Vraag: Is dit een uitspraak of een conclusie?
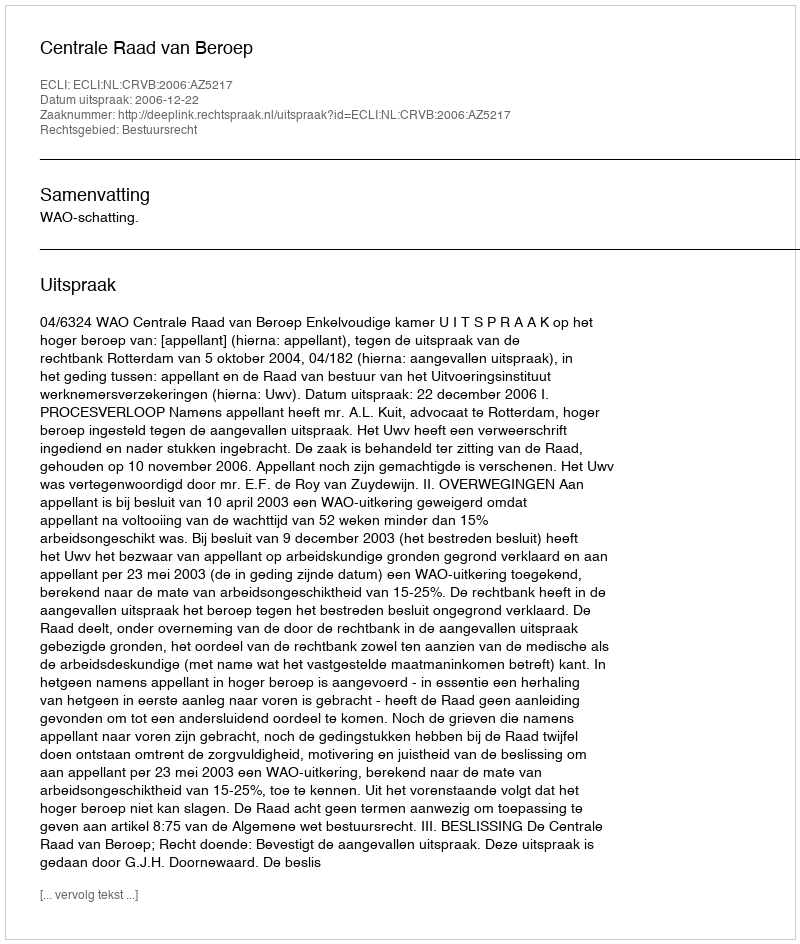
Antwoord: Uitspraak